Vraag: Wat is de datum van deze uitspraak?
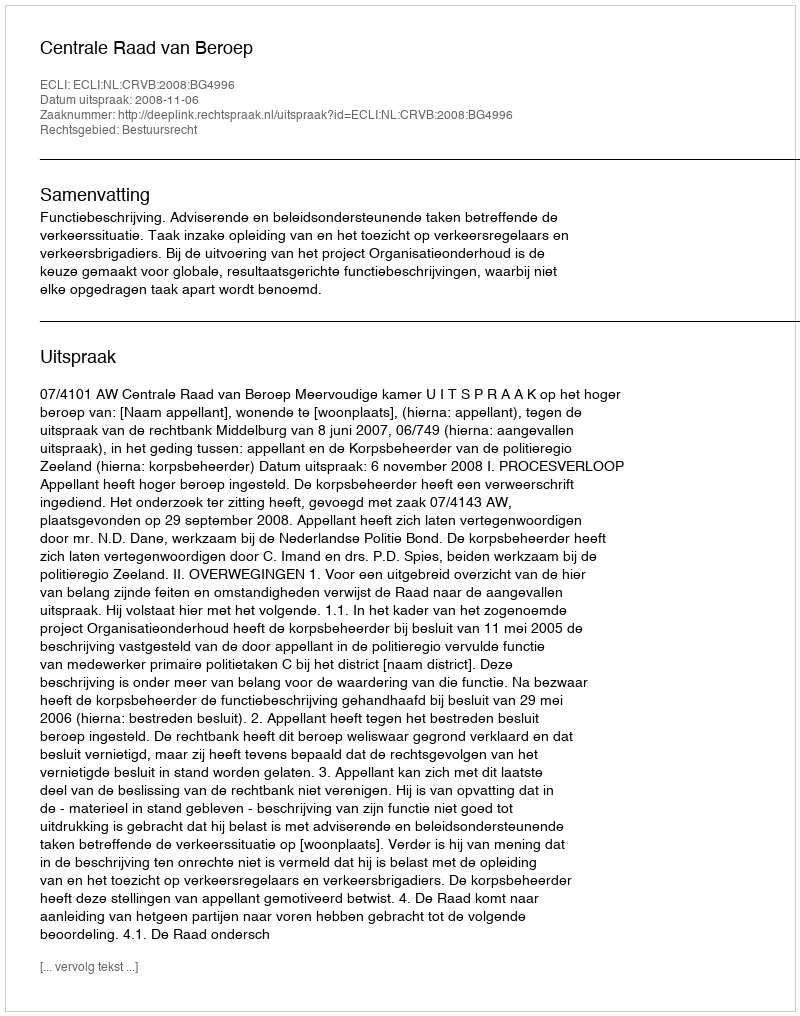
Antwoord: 2008-11-06